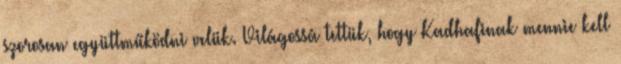
szorosan együttműködni velük. Világossá tettük, hogy Kadhafinak mennie kell